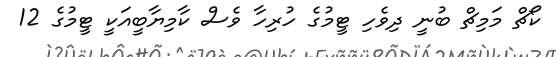
ކޯޗް މަމިޗް ބުނީ ދިވެހި ޓީމުގެ ހުރިހާ ވެސް ކާމިޔާބީއަކީ ޓީމުގެ 12